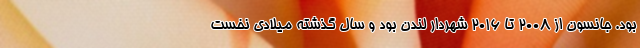
بود. جانسون از ۲۰۰۸ تا ۲۰۱۶ شهردار لندن بود و سال گذشته میلادی نخست